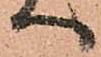
へ